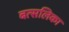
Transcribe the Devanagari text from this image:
बत्सलिका